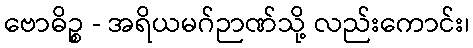
ဗောဓိဉ္စ - အရိယမဂ်ဉာဏ်သို့ လည်းကောင်း၊